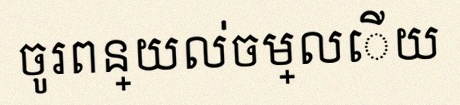
ចូរពន្យល់ចម្លើយ